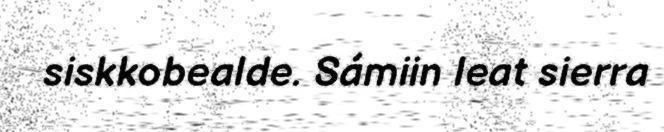
siskkobealde. Sámiin leat sierra